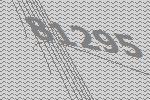
81295